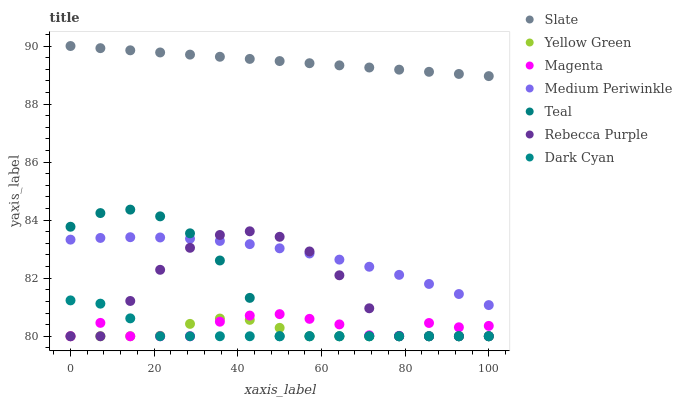
| xaxis_label | Slate | Yellow Green | Magenta | Medium Periwinkle | Teal | Rebecca Purple | Dark Cyan |
 | --- | --- | --- | --- | --- | --- | --- | --- |
 | 0 | 90 | 80 | 80 | 83.3 | 83.8 | 80 | 81.2 |
 | 7.14 | 89.9 | 80 | 80.5 | 83.4 | 84.2 | 80 | 81.1 |
 | 14.3 | 89.9 | 80 | 80 | 83.4 | 84.4 | 81.2 | 80.6 |
 | 21.4 | 89.8 | 80 | 80 | 83.4 | 84.1 | 82.3 | 80 |
 | 28.6 | 89.7 | 80.4 | 80 | 83.4 | 83.5 | 83 | 80 |
 | 35.7 | 89.6 | 80.6 | 80.5 | 83.3 | 82.6 | 83.5 | 80 |
 | 42.9 | 89.6 | 80.6 | 80.7 | 83.2 | 81.3 | 83.6 | 80 |
 | 50 | 89.5 | 80.3 | 80.8 | 83 | 80 | 83.4 | 80 |
 | 57.1 | 89.4 | 80 | 80.6 | 82.9 | 80 | 82.9 | 80 |
 | 64.3 | 89.3 | 80 | 80.4 | 82.6 | 80 | 82.1 | 80 |
 | 71.4 | 89.3 | 80 | 80 | 82.4 | 80 | 81 | 80 |
 | 78.6 | 89.2 | 80 | 80 | 82.1 | 80 | 80 | 80 |
 | 85.7 | 89.1 | 80 | 80.5 | 81.8 | 80 | 80 | 80 |
 | 92.9 | 89 | 80 | 80.3 | 81.5 | 80 | 80 | 80 |
 | 100 | 89 | 80 | 80.4 | 81.1 | 80 | 80 | 80 |